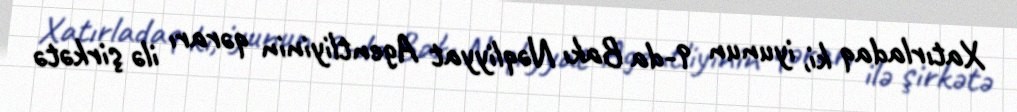
Xatırladaq ki, iyunun 9-da Bakı Nəqliyyat Agentliyinin qərarı ilə şirkətə